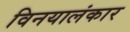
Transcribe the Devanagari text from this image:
विनयालंकार